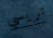
تريسي